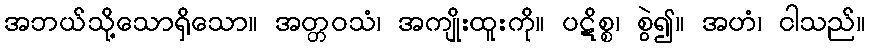
အဘယ်သို့သောရှိသော။ အတ္တဝသံ၊ အကျိုးထူးကို။ ပဋိစ္စ၊ စွဲ၍။ အဟံ၊ ငါသည်။